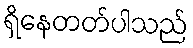
ရှိနေတတ်ပါသည်